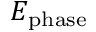
E _ { \mathrm { p h a s e } }